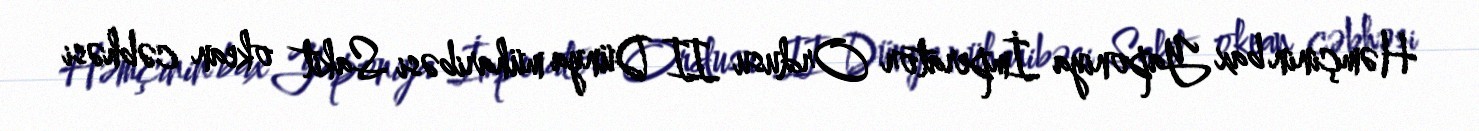
Həmçinin bax Yaponiya İmperator Ordusu II Dünya müharibəsi Sakit okean cəbhəsi